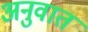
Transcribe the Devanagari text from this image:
अनुवात